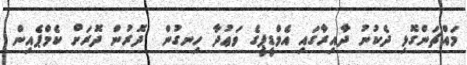
މައްޗަންގޮޅި ދެކުނު ދާއިރާގައި އެމްޑީޕީގެ ވަޢުދާ ހިނގުން  ދޮރުން ދޮރަށް ކެމްޕެއިން